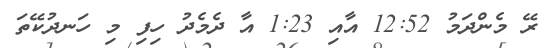
ރޭ މެންދަމު 12:52 އާއި 1:23 އާ ދެމެދު ހިފި މި ހަނދުކޭތަ